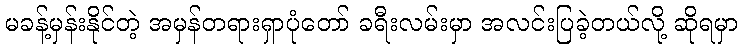
မခန့်မှန်းနိုင်တဲ့ အမှန်တရားရှာပုံတော် ခရီးလမ်းမှာ အလင်းပြခဲ့တယ်လို့ ဆိုရမှာ